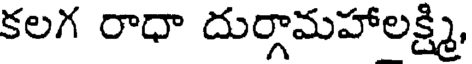
కలగ రాధా దుర్గామహాలక్ష్మి,